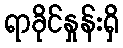
ရာခိုင်နှုန်းရှိ